Annual report of the Civil Veterinary Department, Bengal, for the year 1895-96 - 1895-1896
Year: 1895
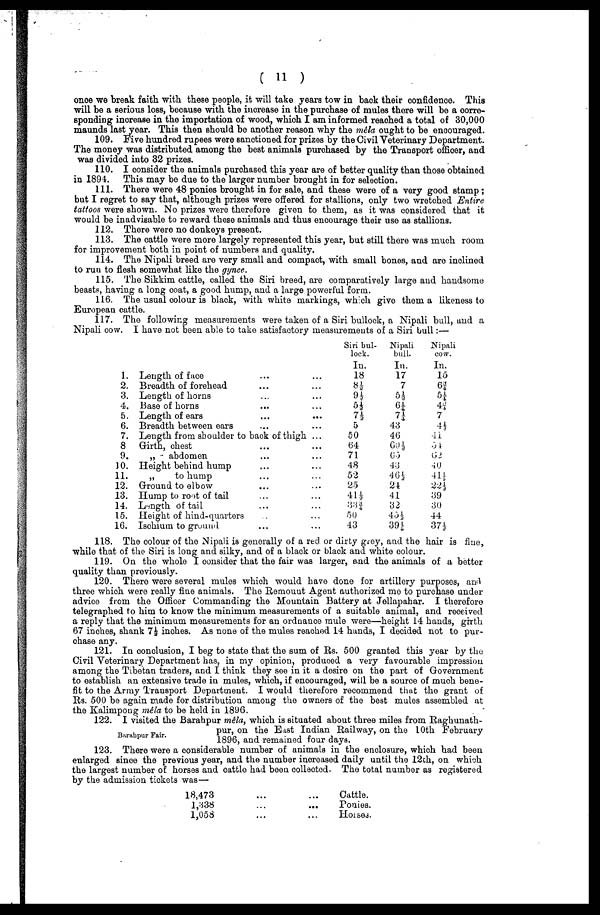
(11)
once we break faith with these people, it will take years tow in back their confidence. This
will be a serious loss, because with the increase in the purchase of mules there will be a corre-
sponding increase in the importation of wood, which I am informed reached a total of 30,000
maunds lastyear. This then should be another reason why the mêla ought to be encouraged.
109. Five hundred rupees were sanctioned for prizes by the Civil Veterinary Department.
The money was distributed among the best animals purchased by the Transport officer, and
was divided into 32 prizes.
110. I consider the animals purchased this year are of better quality than those obtained
in 1894. This may be due to the larger number brought in for selection.
111. There were 48 ponies brought in for sale, and these were of a very good stamp;
but I regret to say that, although prizes were offered for stallions, only two wretched Entire
tattoos were shown. No prizes were therefore given to them, as it was considered that it
would be inadvisable to reward these animals and thus encourage their use as stallions.
112. There were no donkeys present.
113. The cattle were more largely represented this year, but still there was much room
for improvement both in point of numbers and quality.
114. The Nipali breed are very small and compact, with small bones, and are inolined
to run to flesh somewhat like the gynce.
115. The Sikkim cattle, called the Siri breed, are comparatively large and handsome
beasts, having a long coat, a good hump, and a large powerful form.
116. The usual colour is black, with white markings, which give them a likeness to
European cattle.
117. The following measurements were taken of a Siri bullock, a Nipali bull, and a
Nipali cow. I have not been able to take satisfactory measurements of a Siri bull:—
1.
2.
3.
4.
5.
6.
7.
8
9.
)0.
11.
12.
13.
14.
15.
16.
Length of face
Breadth of forehead
Length of horns
Base of horns
Length of ears
Breadth between ears
...
...
...
...
...
...
Length from shoulder to back of thigh
Girth, chest
„
abdomen
Height behind hump
„
to hump
Ground to elbow
Hump to root of tail
Length of tail
Height of hind-quarters
Ischium to ground
...
...
...
...
...
...
...
...
...
...
...
...
...
...
...
...
...
...
...
...
...
...
...
...
...
Siri bul-
lock.
In.
18
8½
9 ½
5½
7½
5
50
64
71
48
52
25
41½
33 3/4
50
43
Nipali
bull.
In.
17
7
5½
6¼
7¼
43
46
60½
65
43
46½
24
41
32
43½
39 ½
Nipali
cow.
In.
15
6 3/4
5¼
4¼
7 ¼
4½
41
51
62
40
41½
22½
39
30
44
37½
118. The colour of the Nipali is generally of a red or dirty grey, and the hair is flue,
while that of the Siri is long and silky, and of a black or black and white colour.
119. On the whole I consider that the fair was larger, and the animals of a better
quality than previously.
120. There were several mules which would have done for artillery purposes, and
three which were really fine animals. The Remount Agent authorized me to purchase under
advice from the Officer Commanding the Mountain Battery at Jellapahar. I therefore
telegraphed to him to know the minimum measurements of a suitable animal, and received
a reply that the minimum measurements for an ordnance mule were—height 14 hands, girth
67 inches, shank 7½ inches. As none of the mules reached 14 hands, I decided not to pur-
chase any.
121. In conclusion, I beg to state that the sum of Rs. 500 granted this year by the
Civil Veterinary Department has, in my opinion, produced a very favourable impression
among the Tibetan traders, and I think they see in it a desire on the part of Government
to establish an extensive trade in mules, which, if encouraged, will be a source of much bene-
fit to the Army Transport Department. I would therefore recommend that the grant of
Rs. 500 be again made for distribution among the owners of the best mules assembled at
the Kalimpong mêla to be held in 1896.
Barabpur Fair.
122. I visited the Barabpur mêla, which is situated about three miles from Raghunath-
pur, on the East Indian Railway, on the 10th February
1896, and remained four days.
123. There were a considerable number of animals in the enclosure, which had been
enlarged since the previous year, and the number increased daily until the 12th, on which
the largest number of horses and cattle had been collected. The total number as registered
by the admission tickcts was—
18,473
1,438
1,058
...
...
...
...
...
cattle.
Ponies.
Horses.